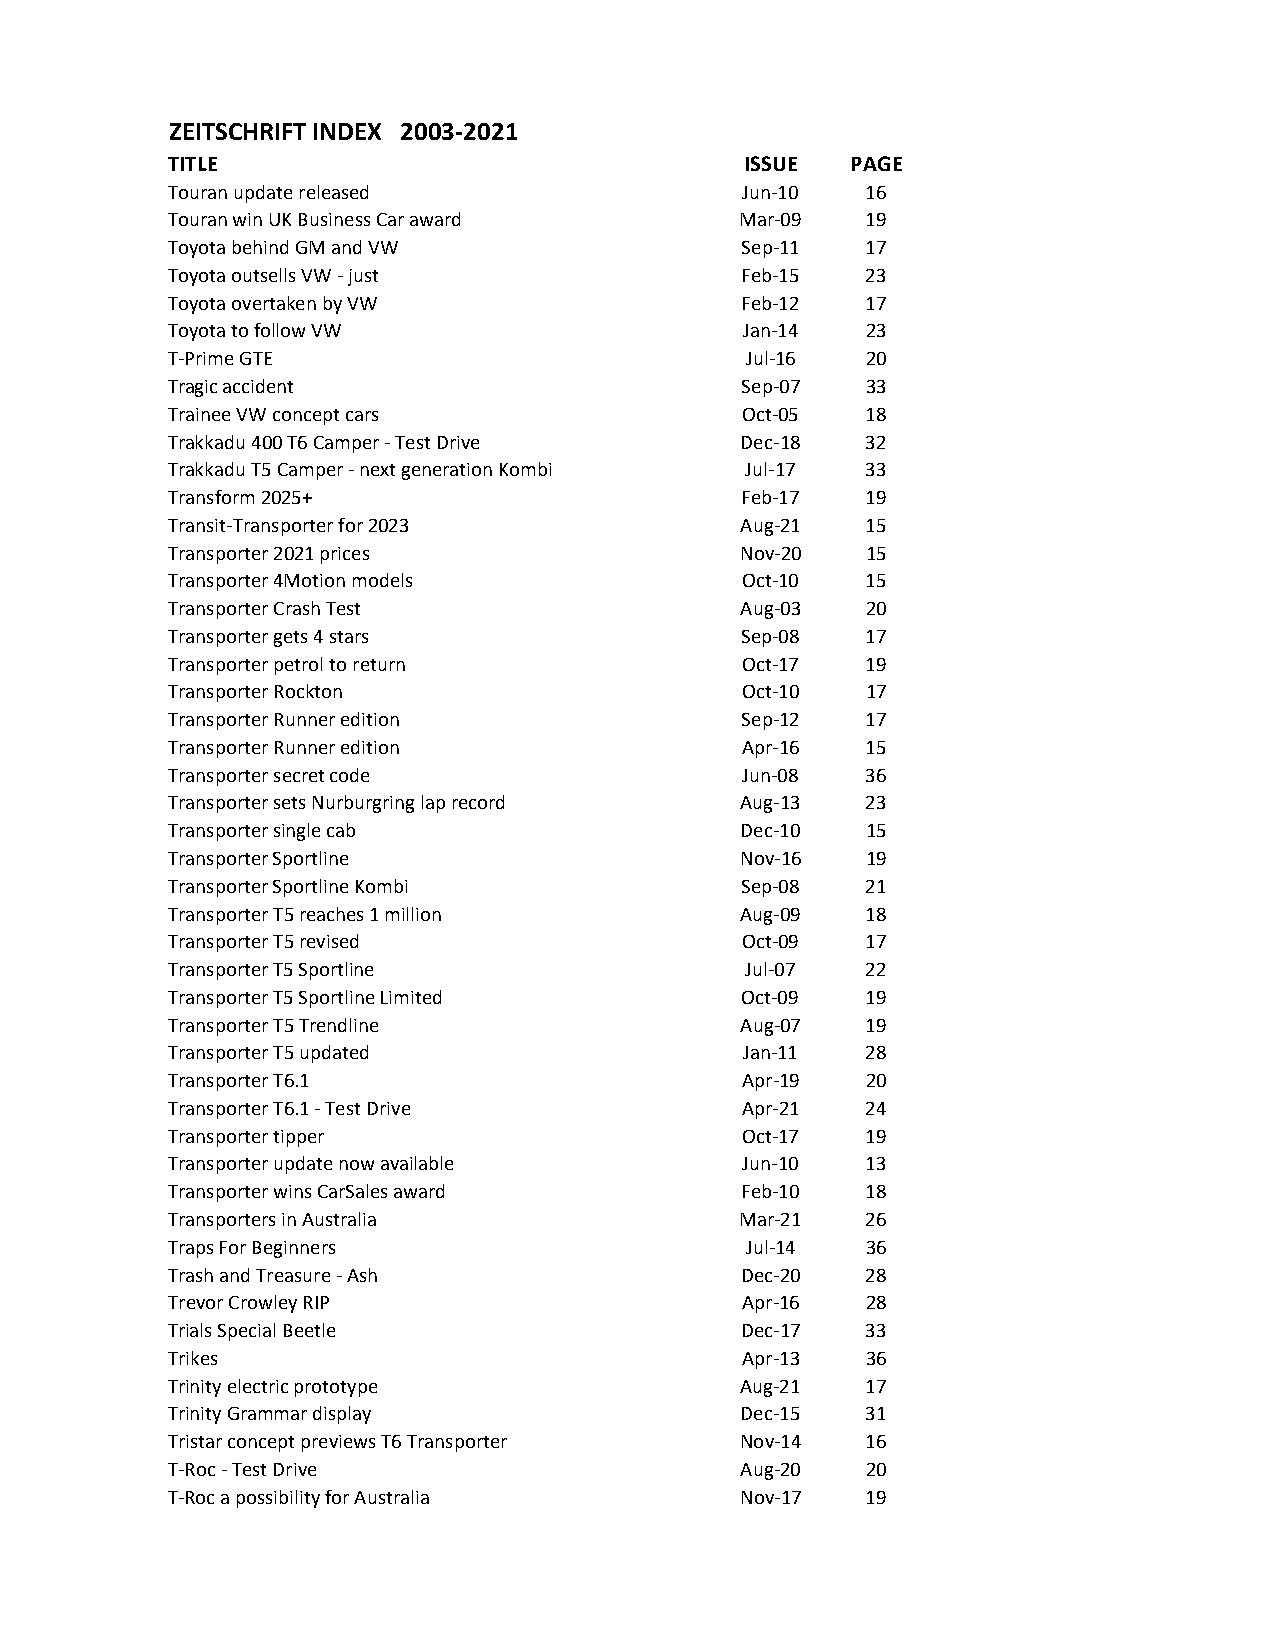
ZEITSCHRIFT INDEX 2003-2021
 TITLE                                 ISSUE  PAGE
 Touran update released                Jun-10  16
 Touran win UK Business Car award      Mar-09  19
 Toyota behind GM and VW               Sep-11  17
 Toyota outsells VW - just             Feb-15  23
 Toyota overtaken by VW                Feb-12  17
 Toyota to follow VW                   Jan-14  23
 T-Prime GTE                           Jul-16  20
 Tragic accident                       Sep-07  33
 Trainee VW concept cars               Oct-05  18
 Trakkadu 400 T6 Camper - Test Drive   Dec-18  32
 Trakkadu T5 Camper - next generation Kombi Jul-17 33
 Transform 2025+                       Feb-17  19
 Transit-Transporter for 2023          Aug-21  15
 Transporter 2021 prices               Nov-20  15
 Transporter 4Motion models            Oct-10  15
 Transporter Crash Test                Aug-03  20
 Transporter gets 4 stars              Sep-08  17
 Transporter petrol to return          Oct-17  19
 Transporter Rockton                   Oct-10  17
 Transporter Runner edition            Sep-12  17
 Transporter Runner edition            Apr-16  15
 Transporter secret code               Jun-08  36
 Transporter sets Nurburgring lap record Aug-13 23
 Transporter single cab                Dec-10  15
 Transporter Sportline                 Nov-16  19
 Transporter Sportline Kombi           Sep-08  21
 Transporter T5 reaches 1 million      Aug-09  18
 Transporter T5 revised                Oct-09  17
 Transporter T5 Sportline              Jul-07  22
 Transporter T5 Sportline Limited      Oct-09  19
 Transporter T5 Trendline              Aug-07  19
 Transporter T5 updated                Jan-11  28
 Transporter T6.1                      Apr-19  20
 Transporter T6.1 - Test Drive         Apr-21  24
 Transporter tipper                    Oct-17  19
 Transporter update now available      Jun-10  13
 Transporter wins CarSales award       Feb-10  18
 Transporters in Australia             Mar-21  26
 Traps For Beginners                   Jul-14  36
 Trash and Treasure - Ash              Dec-20  28
 Trevor Crowley RIP                    Apr-16  28
 Trials Special Beetle                 Dec-17  33
 Trikes                                Apr-13  36
 Trinity electric prototype            Aug-21  17
 Trinity Grammar display               Dec-15  31
 Tristar concept previews T6 Transporter Nov-14 16
 T-Roc - Test Drive                    Aug-20  20
 T-Roc a possibility for Australia     Nov-17  19